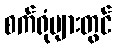
စက်ရုံများတွင်